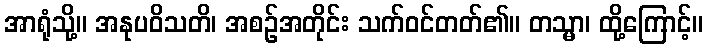
အာရုံသို့။ အနုပဝိသတိ၊ အစဉ်အတိုင်း သက်ဝင်တတ်၏။ တသ္မာ၊ ထို့ကြောင့်။